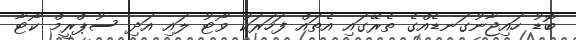
ބޮޑު ހައިޖާނުގަނޑެއްގެ ތެރޭގައި އެތައް ފަހަރަކު ވޯޓު ލައި އަދި ސުޕްރީމް ކޯޓާ